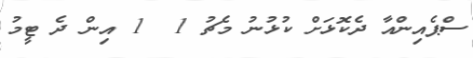
ސްޕެއިންއާ ދެކޮޅަށް ކުޅުނު މެޗު 1  1 އިން ދެ ޓީމު